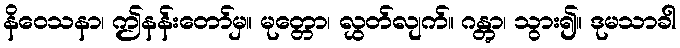
နိဝေသနာ၊ ဤနန်းတော်မှ။ မုတ္တော၊ လွှတ်လျက်။ ဂန္တွာ၊ သွား၍။ ဒုမသာခါ